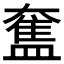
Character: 𥂙